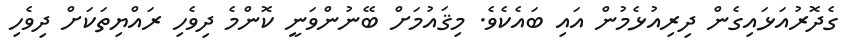
ގެދޮރުއަޅައިގެން ދިރިއުޅެމުން އައި ބައެކެވެ. މިޤައުމަށް ބޭނުންވަނީ ކޮންމެ ދިވެހި ރައްޔިތަކަށް ދިވެހި